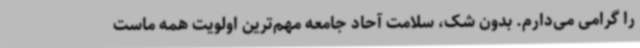
را گرامی می‌دارم. بدون شک، سلامت آحاد جامعه مهم‌ترین اولویت همه ماست